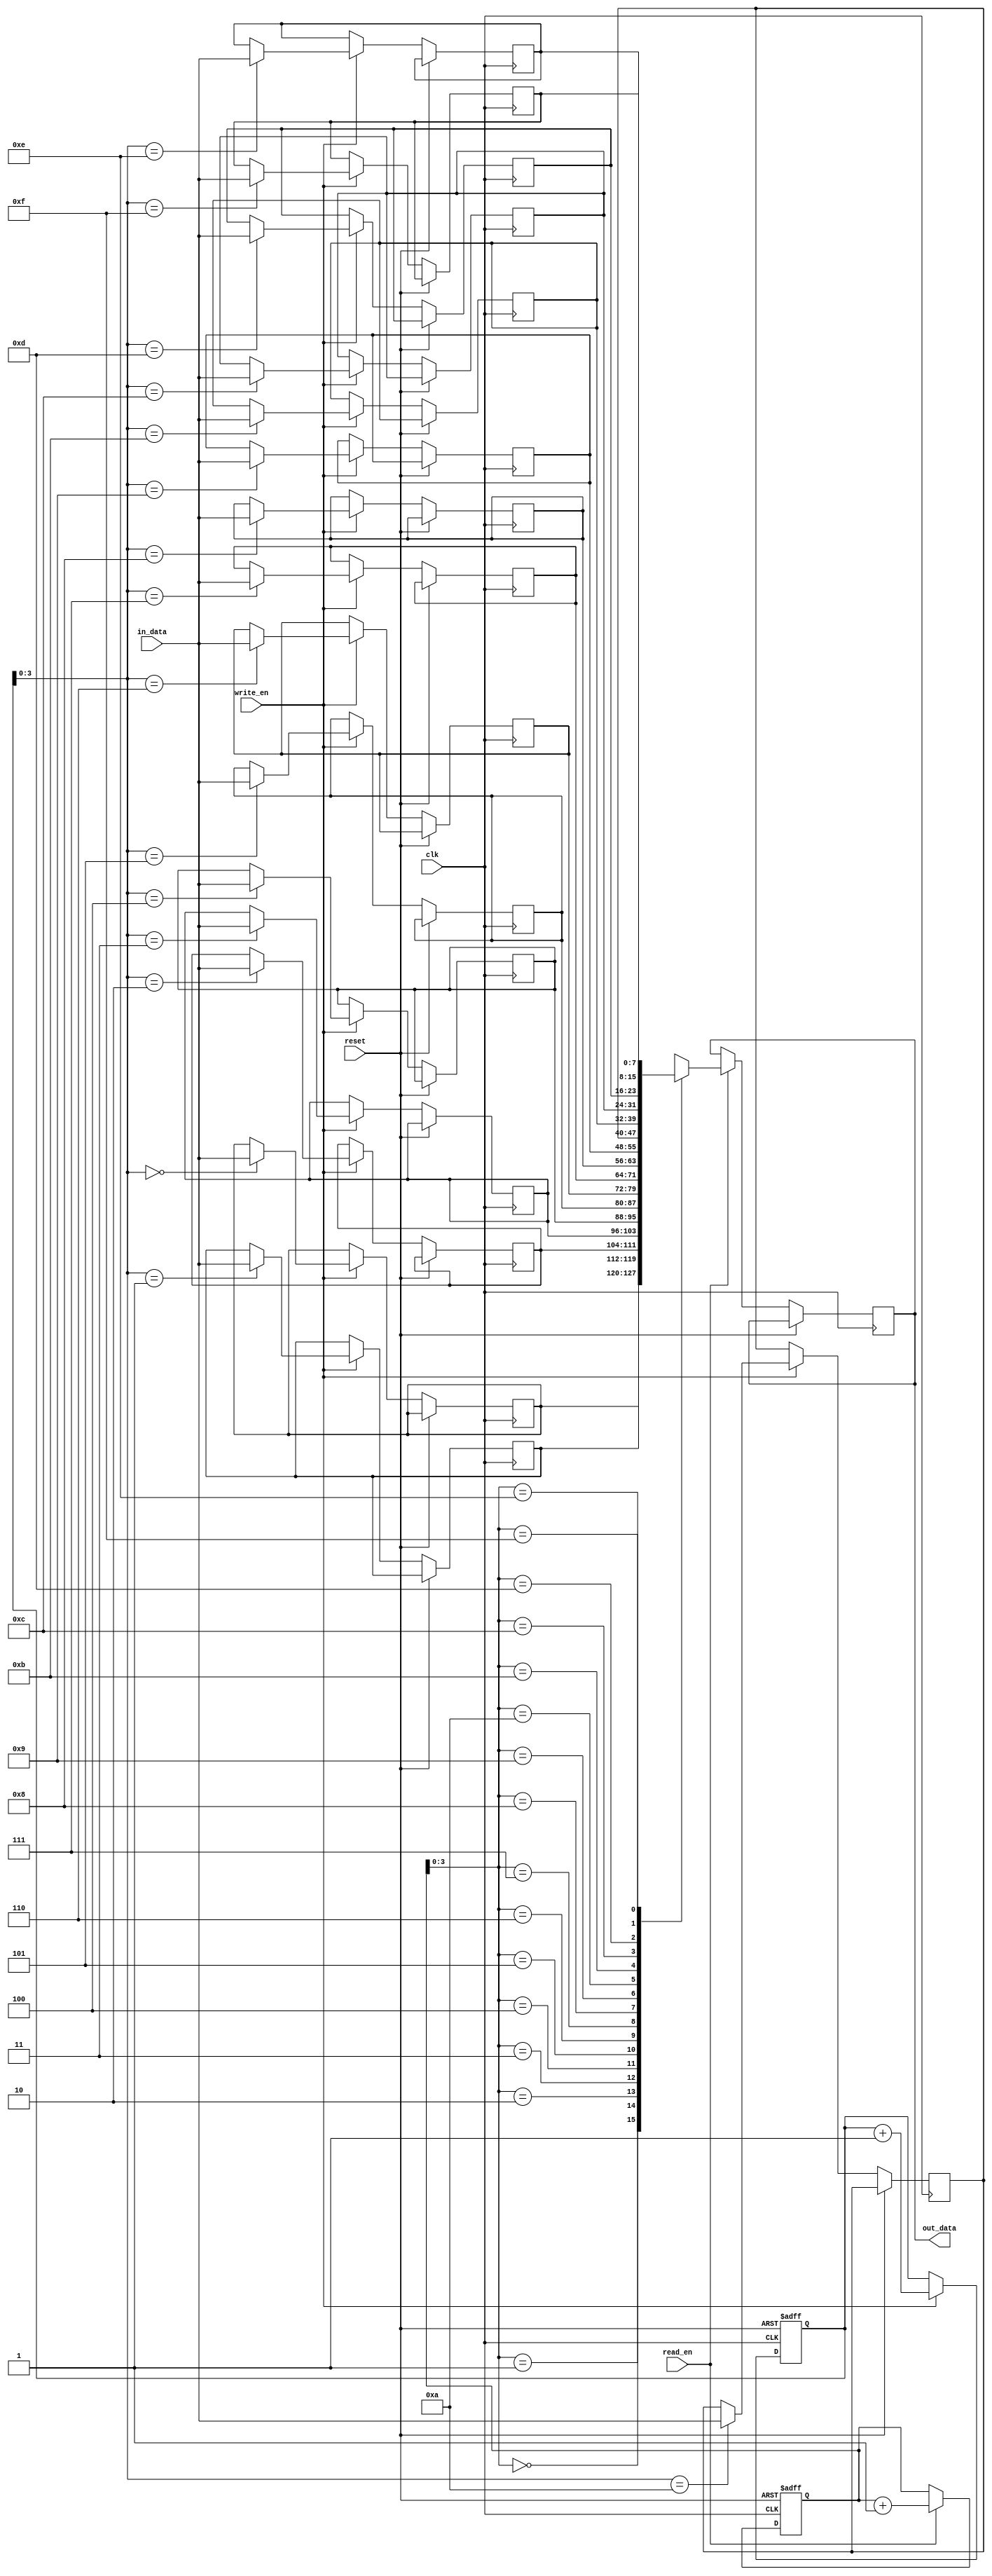
module dual_port_fifo (
    input wire clk,
    input wire reset,
    input wire [DATA_WIDTH-1:0] in_data,
    input wire write_en,
    output reg [DATA_WIDTH-1:0] out_data,
    input wire read_en
);

parameter DATA_WIDTH = 8;
parameter DEPTH = 16;

reg [DATA_WIDTH-1:0] fifo [DEPTH-1:0];
reg [DEPTH-1:0] write_pointer;
reg [DEPTH-1:0] read_pointer;

always @ (posedge clk or posedge reset)
begin
if (reset)
    begin
    write_pointer <= 0;
    read_pointer <= 0;
    end
else
    begin
    if (write_en)
        begin
        fifo[write_pointer] <= in_data;
        write_pointer <= write_pointer + 1;
        end
    if (read_en)
        begin
        out_data <= fifo[read_pointer];
        read_pointer <= read_pointer + 1;
        end
    end
end

endmodule